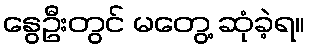
နွေဦးတွင် မတွေ့ ဆုံခဲ့ရ။